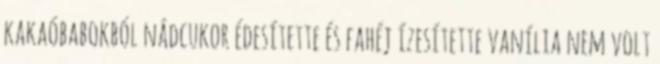
kakaóbabokból nádcukor édesítette és fahéj ízesítette vanília nem volt